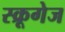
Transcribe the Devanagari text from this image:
स्क्रूगेज